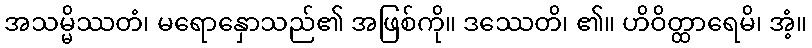
အသမ္မိဿတံ၊ မရောနှောသည်၏ အဖြစ်ကို။ ဒဿေတိ၊ ၏။ ဟိဝိတ္ထာရေမိ၊ အံ့။